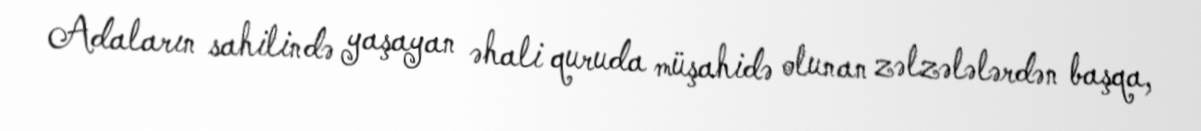
Adaların sahilində yaşayan əhali quruda müşahidə olunan zəlzələlərdən başqa,